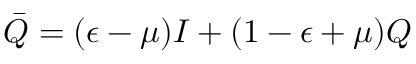
{ \bar { Q } } = ( \epsilon - \mu ) I + ( 1 - \epsilon + \mu ) Q